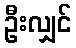
ဦးလျှင်